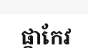
ផ្កាកែវ